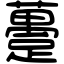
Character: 躉